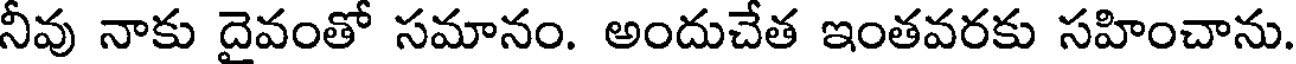
నీవు నాకు దైవంతో సమానం. అందుచేత ఇంతవరకు సహించాను.